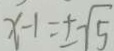
x - 1 = \pm \sqrt { 5 }